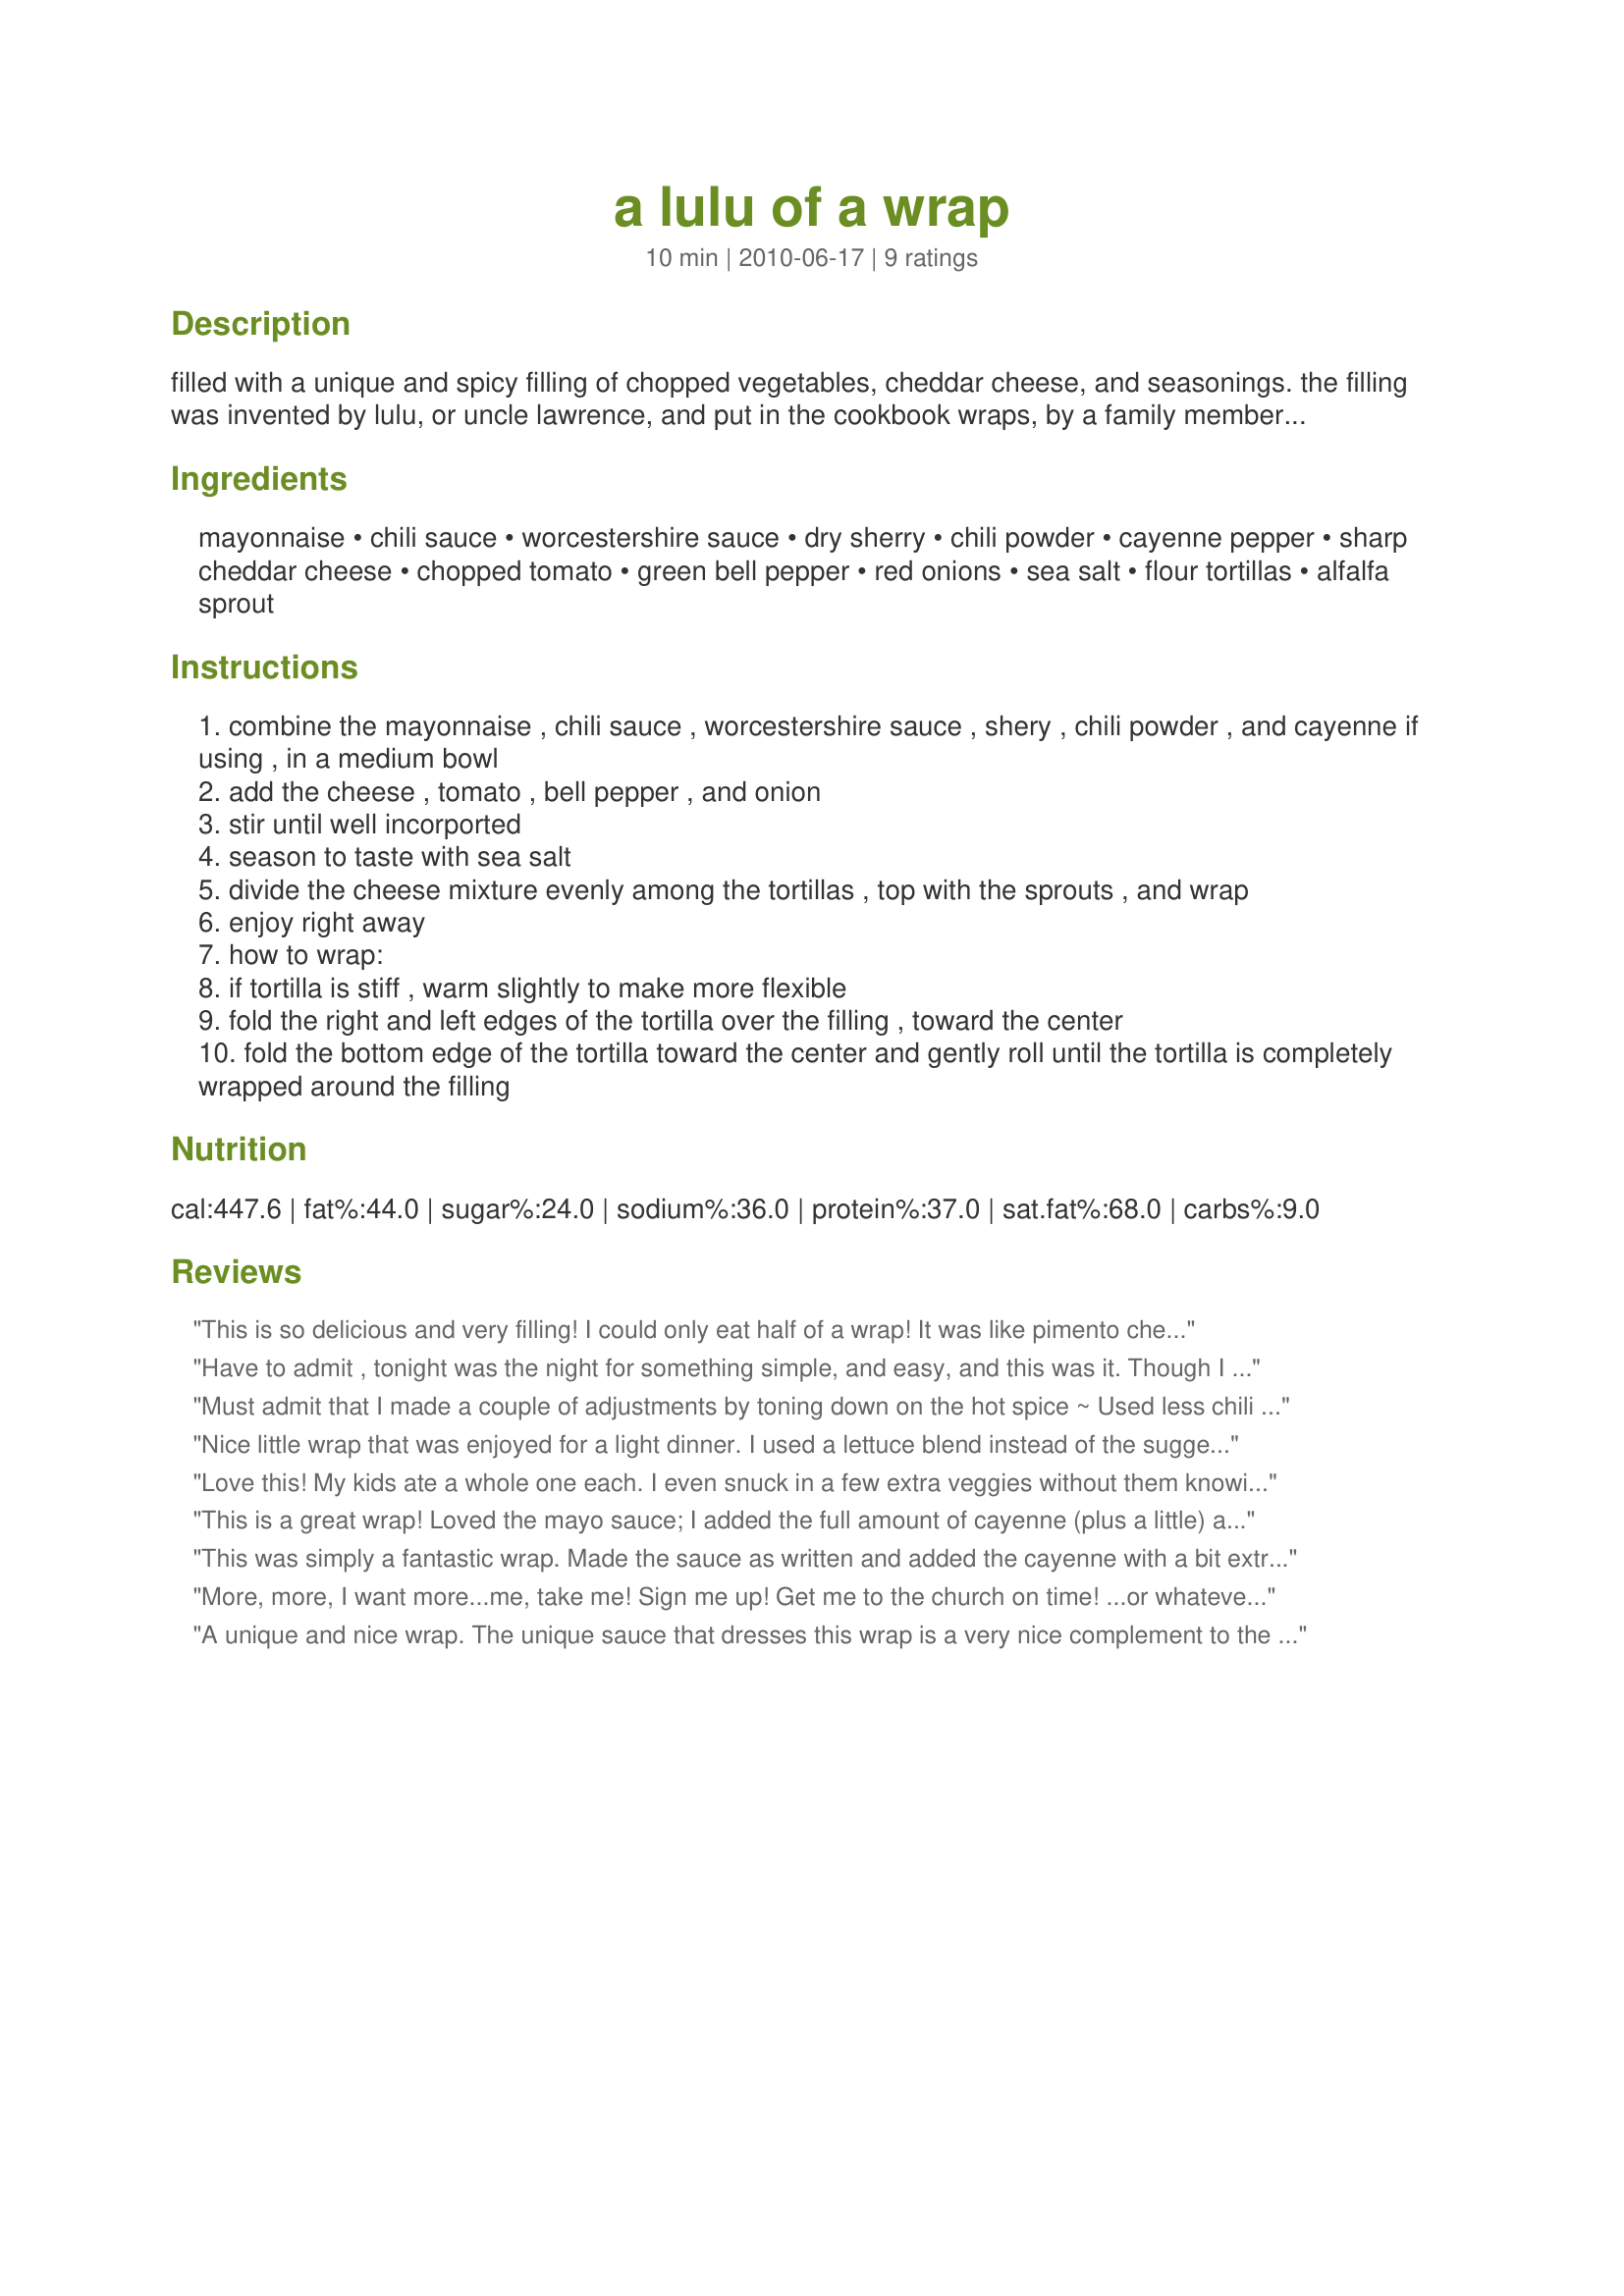
a lulu of a wrap
Preparation time: 10 minutes

filled with a unique and spicy filling of chopped vegetables, cheddar cheese, and seasonings. the filling was invented by lulu, or uncle lawrence, and put in the cookbook wraps, by a family member. enjoy!

Ingredients:
mayonnaise, chili sauce, worcestershire sauce, dry sherry, chili powder, cayenne pepper, sharp cheddar cheese, chopped tomato, green bell pepper, red onions, sea salt, flour tortillas, alfalfa sprout

Steps:
combine the mayonnaise , chili sauce , worcestershire sauce , shery , chili powder , and cayenne if using , in a medium bowl
add the cheese , tomato , bell pepper , and onion
stir until well incorported
season to taste with sea salt
divide the cheese mixture evenly among the tortillas , top with the sprouts , and wrap
enjoy right away
how to wrap:
if tortilla is stiff , warm slightly to make more flexible
fold the right and left edges of the tortilla over the filling , toward the center
fold the bottom edge of the tortilla toward the center and gently roll until the tortilla is completely wrapped around the filling

Reviews:
This is so delicious and very filling! I could only eat half of a wrap! It was like pimento cheese, all spiced up, with sprouts added! Mine was a little drippy, but I didn't mind licking my fingers. Look forward to enjoying this easy lunch in the future. Thanks for sharing!
Have to admit , tonight was the night for something simple, and easy, and this was it. Though I did leave out the green pepper, and added a dash extra chili powder, and still we thought it wasn't too hot for us. Very nice comfort food . Great post. Made for PRMR tag.
Must admit that I made a couple of adjustments by toning down on the hot spice ~ Used less chili sauce, less chili powder & just a dash of cayenne pepper! Other than that . . . Quick to make & much enjoyed, thanks to your recipe! [Tagged & made in Please Review My Recipe]
Nice little wrap that was enjoyed for a light dinner. I used a lettuce blend instead of the suggested sprouts. :)
Love this! My kids ate a whole one each. I even snuck in a few extra veggies without them knowing. :) I did leave out the cayenne just because my kids and I don't like spice. This will be a favorite!
This is a great wrap! Loved the mayo sauce; I added the full amount of cayenne (plus a little) and it was just right for us. I put this in a whole-grain wrap instead of a tortilla and my "sprouts of choice" were shredded field greens. Thanks for sharing a great recipe! Made for the Best of 2011 event, recommended by breezermom
This was simply a fantastic wrap. Made the sauce as written and added the cayenne with a bit extra and it added a nice touch. I would even add a little more of the cayenne. We like spicy hot stuff with no problem, but didn't even find it that hot at all. I used the Campari tomatoes and chopped and left in the seeds since there really aren't too many of them. I had used a mix of yellow and red peppers because my friend does not like green peppers. My grocery store had a mix of 4 sprouts and they really tasted great. I loved this because it did not take too long to put together and had such an awesome taste. This was such a great mixture with great flavor will definitely be making this again. Thanks so much for sharing your wonderful recipe Sharon. Made in memory of Sharon's DH .
More, more, I want more...me, take me! Sign me up! Get me to the church on time! ...or whatever. Made for Everyday Is A Holiday.
A unique and nice wrap. The unique sauce that dresses this wrap is a very nice complement to the cheddar cheese. Makes a nice light dinner on those hot summer nights. Made as written. Thanks for the post.
